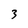
Character: 3